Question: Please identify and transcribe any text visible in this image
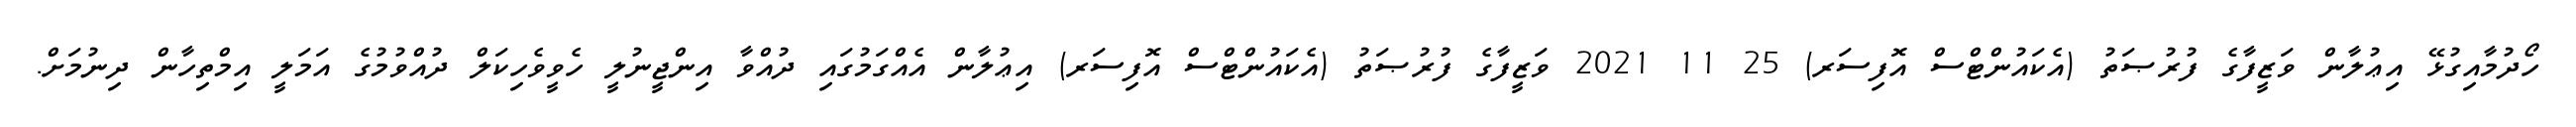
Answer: ހޯދުމާއިގުޅޭ އިޢުލާން ވަޒީފާގެ ފުރުޞަތު (އެކައުންޓްސް އޮފިސަރ) 25 11 2021 ވަޒީފާގެ ފުރުޞަތު (އެކައުންޓްސް އޮފިސަރ) އިޢުލާން އެއްގަމުގައި ދުއްވާ އިންޖީނުލީ ހެވީވެހިކަލް ދުއްވުމުގެ އަމަލީ އިމްތިހާން ދިނުމަށް.